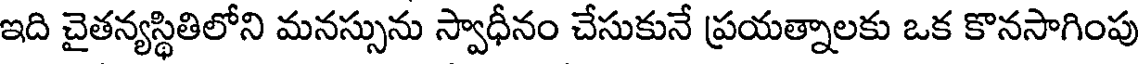
ఇది చైతన్యస్థితిలోని మనస్సును స్వాధీనం చేసుకునే ప్రయత్నాలకు ఒక కొనసాగింపు